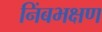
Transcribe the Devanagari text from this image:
निंबभक्षण